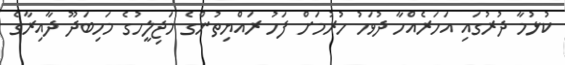
ކުޅުމާ ދުރުގައި އަހަރެއްހާ ދުވަހު ހުރުމަށް ފަހު ރައްޔިތުންގެ މަޖިލީހުގެ މަހިބަދޫ ދާއިރާގެ